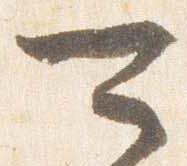
可